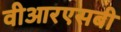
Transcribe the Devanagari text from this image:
वीआरएसबी